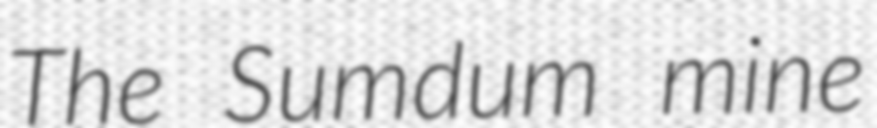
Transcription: The Sumdum mine